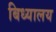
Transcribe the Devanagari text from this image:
बिध्यालय